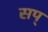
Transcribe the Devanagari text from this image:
सप्